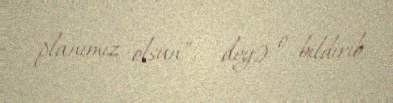
planımız olsun”, – deyə o bildirib.